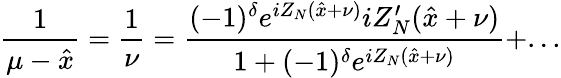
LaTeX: \displaystyle\frac{1}{\mu-\hat{x}}=\displaystyle\frac{1}{\nu}=\displaystyle\frac{(-1)^{\delta}e^{iZ_{N}(\hat{x}+\nu)}iZ_{N}^{\prime}(\hat{x}+\nu)}{1+(-1)^{\delta}e^{iZ_{N}(\hat{x}+\nu)}}+...